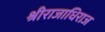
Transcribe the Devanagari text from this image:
श्रीराजाधिराज